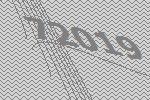
72019